Calcutta medical institutions reports 1892-1900
Year: 1892
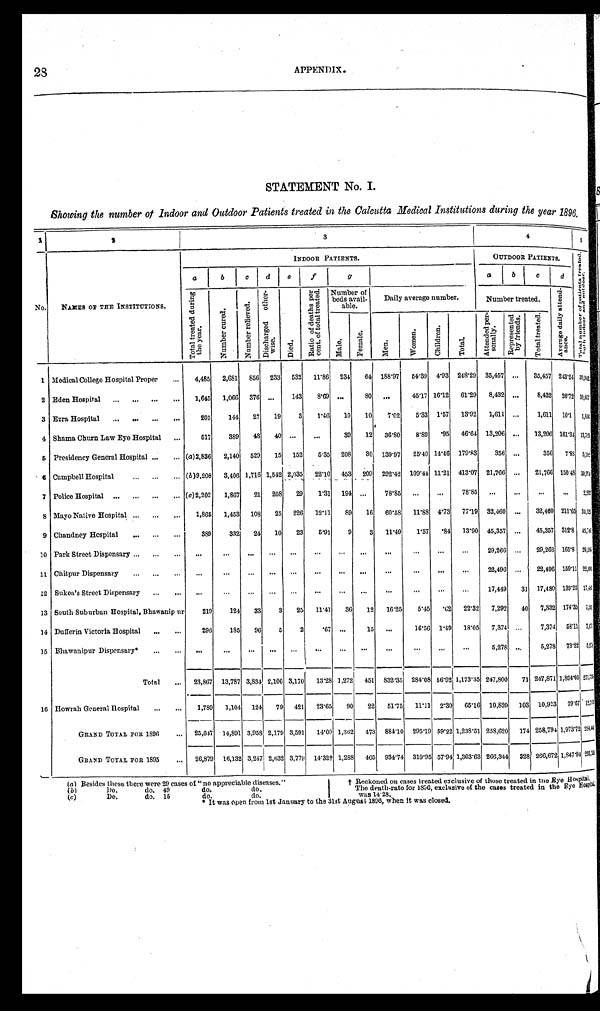
28
APPENDIX.
STATEMENT No. I.
Showing the number of Indoor and Outdoor Patients treated in the Calcutta Medical Institutions during the year 1896.
1
2
3
4
5
No.
NAMES OF THE INSTITUTIONS.
INDOOR PATIENTS.
OUTDOOR PATIENTS.
T o t a l n u m b e r o f p a t i e n t s t r e a t e d . b o t h i n d o o r a n d o u t d o o r . ( i l l e g i b l e )
a
b
c
d e
f
g
a
b
c
d
T o t a l t r e a t e d d u r i n g t h e y e a r .
N u m b e r c u r e d .
N u m b e r r e l i e v e d .
D i s c h a r g e d o t h e r - w i s e .
D i e d .
R a t i o o f d e a t h s p e r c e n t . o f t o t a l t r e a t e d .
Number of
beds avail-
able.
Daily average number.
Number treated.
A v e r a g e d a i l y a t t e n d - a n c e .
M a l e .
F e m a l e .
M e n .
W o m e n .
C h i l d r e n .
T o t a l .
A t t e n d e d p e r - s o n a l l y .
R e p r e s e n t e d b y f r i e n d s .
T o t a l t r e a t e d .
1 Medical College Hospital Proper . . .
4,485
2,681
856
233
532
11.86
234
64 188.97
54.39 4.93 248.29
35,457
. . .
35,457 243.24 39,942
2 Eden Hospital . . .
1,645
1,066
376
. . .
143
8.69
. . .
80
. . .
45.17 16.12
61.29
8,432
. . .
8,432
26.72 10,077
3 Ezra Hospital . . .
205
144
27
19
3
1 . 4 6
10
10
7.02
5.33
1.57
13.92
1,611
. . .
1,611
10.1 1.816
4 Shama Churn Law Eye Hospital . . .
517
389
48
40
. . .
. . .
39
12
36.80
8.89
. 9 5 46.64 13,206
. . .
13,206 161.34 13,723
5 Presidency General Hospital . . . (a)2,836
2,140
529
15
152
5.35
208
30
139.97
25.40 14.46 179.83
356
. . .
356
7.88 3, 192( i l l egi bl e)
6 Campbell Hospital . . . (b )9,208
3,406 1,716 1,542 2,035
22.10
453
209
292.42
109.44 11.21 413.07
21,766
. . .
21,766 150.48 30.974
7 Police Hospital . . . (c )2,202
1,867
21
208
29
1.31
194
. . .
78.85
. . .
. . .
78.85
. . .
. . .
. . .
. . .
2. 202( i l l egi bl e)
8 Mayo Native Hospital . . .
1,865
1,453
108
25
226
12.11
89
16
60.58
11.88 4.73
77.19
32,460
. . .
32,460 211.65 34,325
9 Chandney Hospital . . .
389
332
24
10
23
5.91
9
3
11.49
1.57
. 8 4 13.90 45,357
. . .
45,357 312.8 45,746
10 Park Street Dispensary . . .
. . .
. . .
. . .
. . .
. . .
. . .
. . .
. . .
. . .
. . .
. . .
. . .
29,266
. . .
29,266 165.8 29, 266( i l l egi bl e)
11 Chitpur Dispensary . . .
. . .
. . .
. . .
. . .
. . .
. . . . . .
. . .
. . .
. . .
. . .
. . .
22,496
. . .
22,496 159.11 22, 495( i l l egi bl e)
12 Sukea's Street Dispensary . . .
. . .
. . .
. . .
. . .
. . .
. . .
. . .
. . .
. . .
. . .
. . .
. . .
17,449
31 17,480 139.25 17, 483( i l l egi bl e)
13 South Suburban Hospital, Bhawanip ur
219
124
33
3
25
11.41
36
12
16.25
5.45
. 6 2 22.32
7,292
40
7,332 174.35 7, 553( i l l e gi bl e )
14 Dufferin Victoria Hospital . . .
296
185
96
5
2
.67
. . .
15
. . .
16.56
1.49
18.05
7,374
. . .
7,374
58.11 7, 675( i l l e gi bl e )
15 Bhawanipur Dispensary* . . .
. . .
. . .
. . .
. . .
. . .. . .
. . .
. . .
. . .
. . .
. . .
. . .
5,278
. . .
5,278
73.22 5, 278( i l l e gi bl e )
Total . . .
23,867
13,787 3,834 2,100 3,170
13.28 1,272
451
832.35 284.08
56.92
1 , 1 7 3 . 3 5
247,800
71 247,871 1,894.05 271, 785( i l l e gi bl e )
16 Howrah General Hospital . . .
1,780
1,104
124
79
421
23.65
90
22
51.75
11.11
2.30
65.16 10,820
103 10,923
79.67 12, 763(i l l egi bl e)
GRAND TOTAL FOR 1896 . . .
25,647
14,891 3,958 2,179 3,591
14.00 1,362
473
884.10
295.19 59.22 1,238.51 258,620
174 258,794 1,973.72
2 8 4 , 4 4 1 ( i l l e g i b l e )
GRAND TOTAL FOR 1895 . . .
26,879
16,132 3,247 2,632 3,779 14.32† 1,288
465
934.74 310.95 57.94
1 , 3 0 3 . 6 3 266,344
328 266,672 1,847.94 293, 351( i l l egi bl e)
( a ) Besides these there were 29 cases of "no appreciable diseases."
(b)
Do. do. 49 do. do.
(c ) Do. do. 15 do. do.
† R e c k o n e d o n c a s e s t r e a t e d e x c l u s i v e o f t h o s e t r e a t e d i n t h e E y e H o s p i t a l .
The death-rate for 1896, exclusive of the cases treated in the Eye
H o s p i t a l w a s 1 4 2 8 .
* It was open from 1st January to the 31st August 1896, when it was closed.